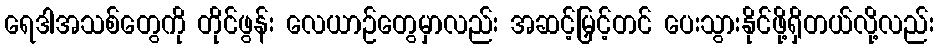
ရေဒါအသစ်တွေကို တိုင်ဖွန်း လေယာဉ်တွေမှာလည်း အဆင့်မြှင့်တင် ပေးသွားနိုင်ဖို့ရှိတယ်လို့လည်း